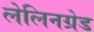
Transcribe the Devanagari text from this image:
लेलिनग्रेड